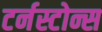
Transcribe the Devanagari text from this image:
टर्नस्टोन्स